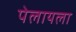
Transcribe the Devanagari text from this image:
पेलायला